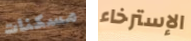
مسكنات الإسترخاء